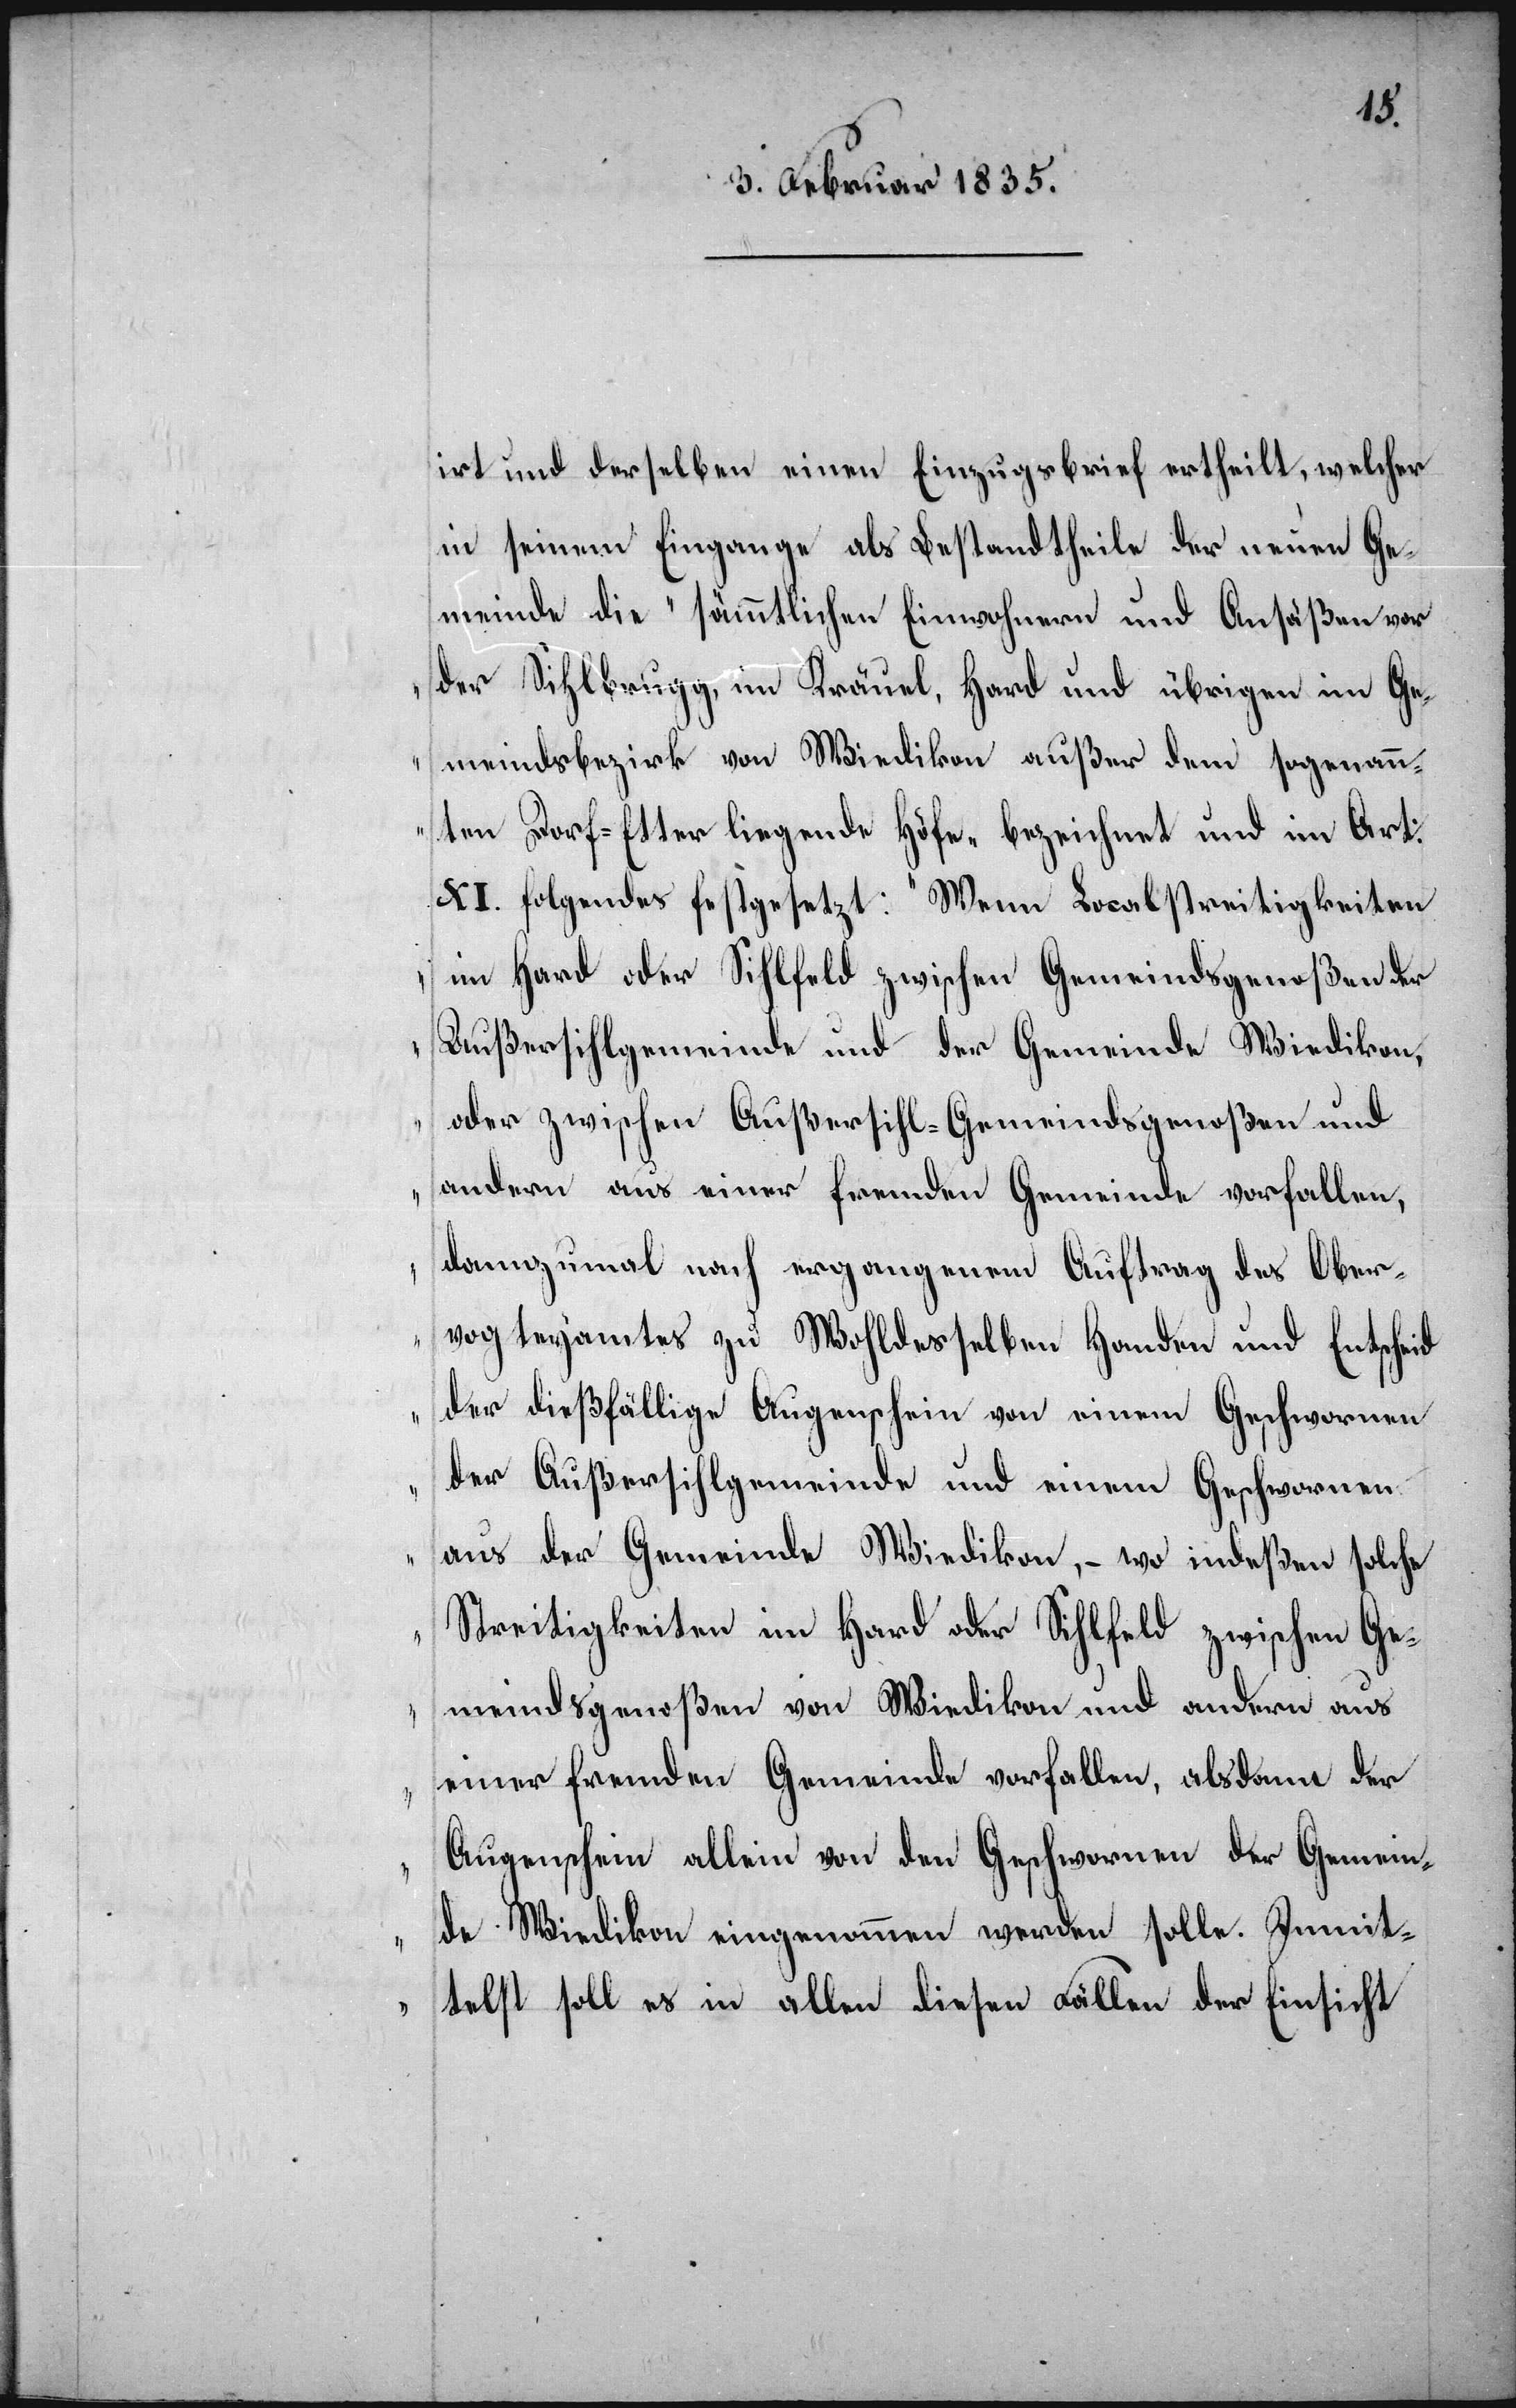
irt und derselben einen Einzugsbrief ertheilt, welcher
in seinem Eingange als Bestandtheile der neuen Ge¬
meinde die „sämmtlichen Einnahmen und Ansäßen vor
der Sihlbrugg, im Kräuel, Hard und übrigen im Ge¬
meindsbezirke von Wiedikon außer dem sogenann¬
ten Dorf-Etter liegende Höfe“ bezeichnet und im Art:
XI. folgendes festgesetzt: „Wenn Localstreitigkeiten
im Hard oder Sihlfeld zwischen Gemeindsgenoßen der
Außersihlgemeinde und der Gemeinde Wiedikon,
oder zwischen Außersihl-Gemeindsgenoßen und
andern aus einer fremden Gemeinde vorfallen,
dannzumal nach ergangenem Auftrag des Ober¬
vogteyamtes zu Wohldesselben Handen und Entscheid
der dießfällige Augenschein von einem Geschwornen
der Außersihlgemeinde und einem Geschwornen
aus der Gemeinde Wiedikon, – wo indeßen solche
Streitigkeiten im Hard oder Sihlfeld zwischen Ge¬
meindsgenoßen von Wiedikon und andern aus
einer fremden Gemeinde vorfallen, alsdann der
Augenschein allein von den Geschwornen der Gemein¬
de Wiedikon eingenommen werden solle. Inmit¬
telst soll es in allen diesen Fällen der Einsicht